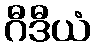
ဂီဒီယံ